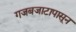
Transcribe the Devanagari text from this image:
गजबजाटापासून